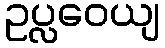
ဥပ္လဝေယျ